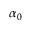
\alpha _ { 0 }